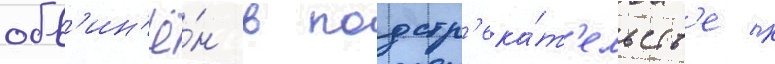
обв'ин'ё́н в подстр'ека́т'ельств'е к